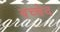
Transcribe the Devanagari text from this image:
बच्चेद